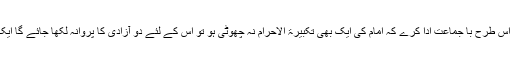
•جو شخص چالیس دن تک اپنی نمازوں کو اس طرح با جماعت ادا کرے کہ امام کی ایک بھی تکبیرۃ الاحرام نہ چھوٹی ہو تو اس کے لئے دو آزادی کا پروانہ لکھا جائے گا ایک نفاق سے نجات دوسرے آگ سے نجات ۔